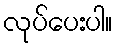
လုပ်ပေးပါ။